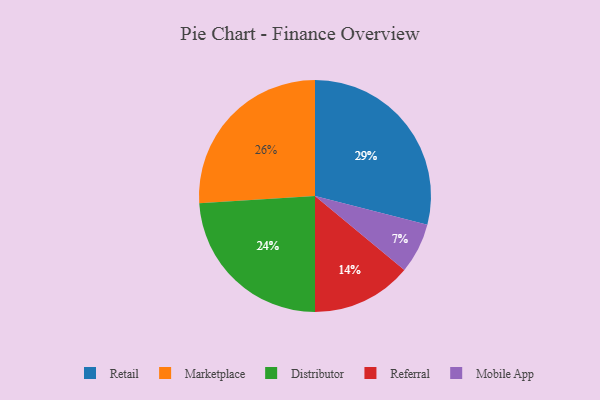
{"axis": {"x": "Category", "y": "Percentage"}, "legend": ["Distributor", "Marketplace", "Mobile App", "Referral", "Retail"], "data": [{"x": "Distributor", "y": 24, "type": "Distributor"}, {"x": "Retail", "y": 29, "type": "Retail"}, {"x": "Referral", "y": 14, "type": "Referral"}, {"x": "Mobile App", "y": 7, "type": "Mobile App"}, {"x": "Marketplace", "y": 26, "type": "Marketplace"}]}